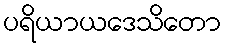
ပရိယာယဒေသိတော